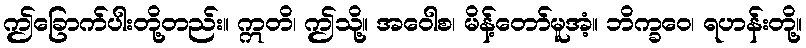
ဤခြောက်ပါးတို့တည်း။ ဣတိ၊ ဤသို့။ အဝေါစ၊ မိန့်တော်မူအံ့။ ဘိက္ခဝေ၊ ရဟန်းတို့။